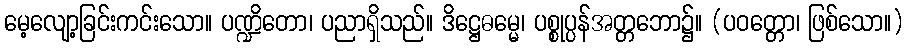
မေ့လျော့ခြင်းကင်းသော။ ပဏ္ဍိတော၊ ပညာရှိသည်။ ဒိဋ္ဌေဓမ္မေ၊ ပစ္စုပ္ပန်အတ္တဘော၌။ (ပဝတ္တော၊ ဖြစ်သော။)